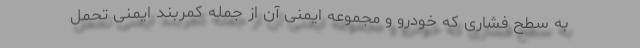
به سطح فشاری که خودرو و مجموعه ایمنی آن از جمله کمربند ایمنی تحمل